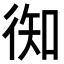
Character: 𢔊